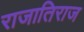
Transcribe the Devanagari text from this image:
राजातिराज